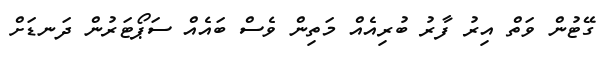
ގޭޓުން ވަތް އިރު ފާރު ބުރިއެއް މަތިން ވެސް ބައެއް ސަޕޯޓަރުން ދަނޑަށް